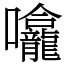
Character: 㘛